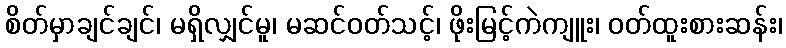
စိတ်မှာချင်ချင်၊ မရှိလျှင်မူ၊ မဆင်ဝတ်သင့်၊ ဖိုးမြင့်ကဲကျူး၊ ဝတ်ထူးစားဆန်း၊